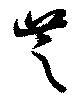
芝